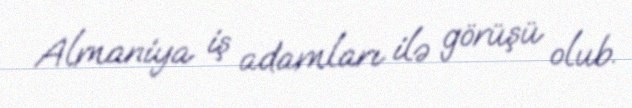
Almaniya iş adamları ilə görüşü olub.